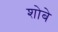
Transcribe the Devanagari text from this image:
शोबे